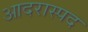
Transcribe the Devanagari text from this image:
आदरास्पद